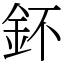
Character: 鈈